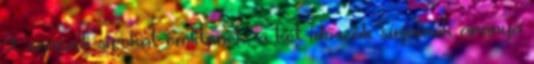
9. századi sírokat említenek, a két időszak sírjainak aránya